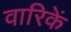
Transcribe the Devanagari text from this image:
वारिकें